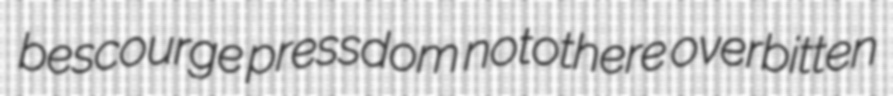
bescourge pressdom notothere overbitten